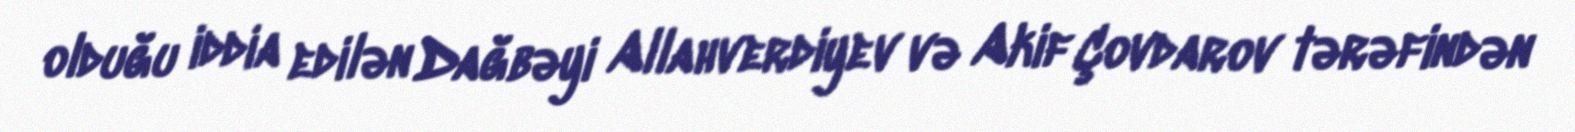
olduğu iddia edilən Dağbəyi Allahverdiyev və Akif Çovdarov tərəfindən